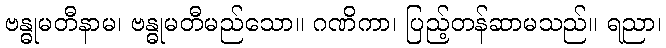
ဗန္ဓုမတီနာမ၊ ဗန္ဓုမတီမည်သော။ ဂဏိကာ၊ ပြည့်တန်ဆာမသည်။ ရညာ၊